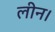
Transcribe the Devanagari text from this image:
लीन।